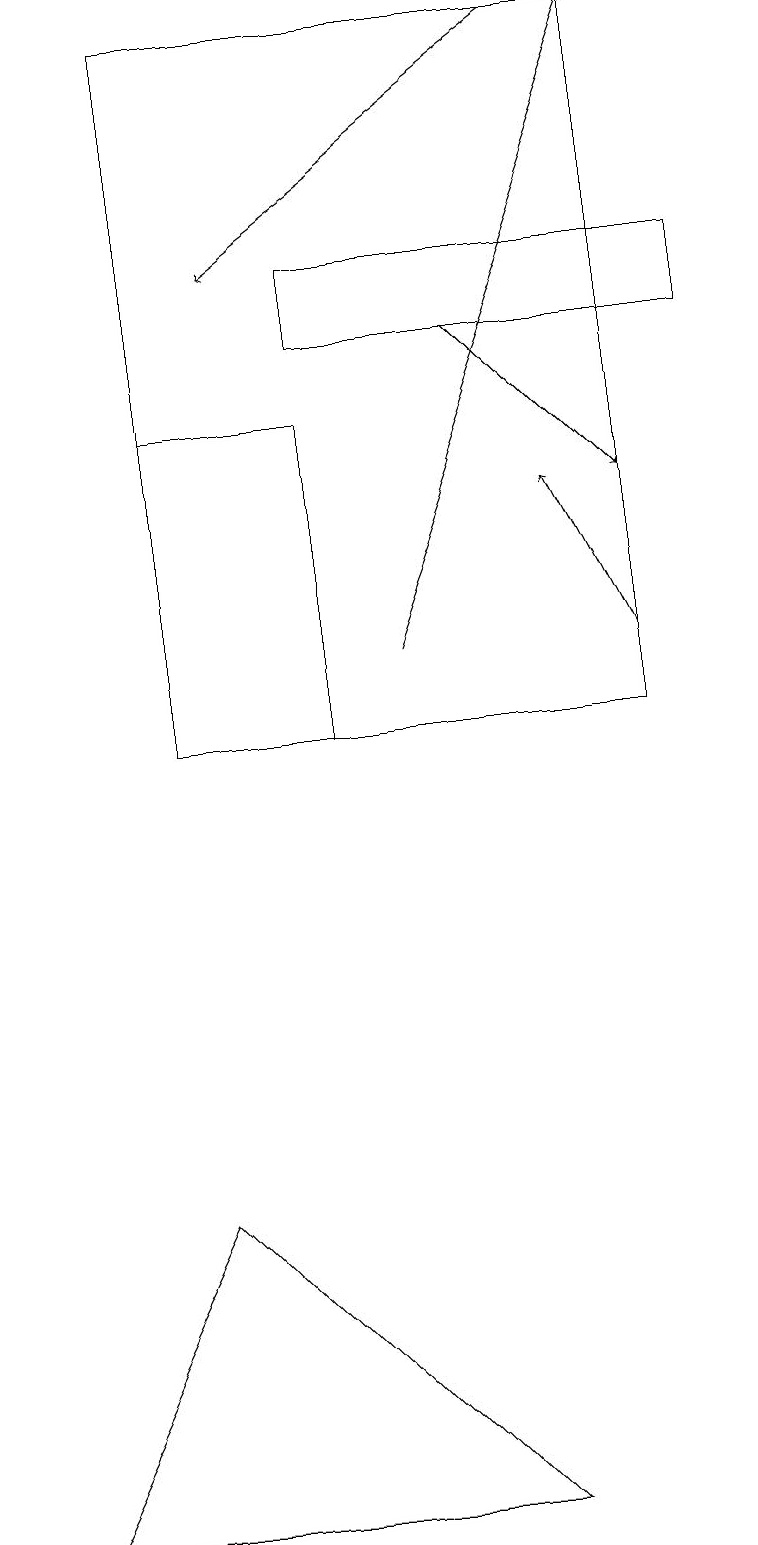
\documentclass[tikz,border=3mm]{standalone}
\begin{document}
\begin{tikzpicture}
\draw[->] (5,11) -- (8,19);
\draw (4,10) rectangle (2,14);
\draw[->] (6,15) -- (8,13);
\draw[->] (8,11) -- (7,13);
\draw (0,0) -- (6,0) -- (2,4) -- cycle;
\draw (4,15) rectangle (9,16);
\draw[->] (7,19) -- (3,16);
\draw (8,10) rectangle (2,19);
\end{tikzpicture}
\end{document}